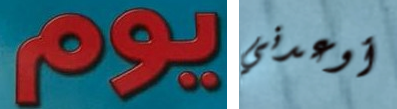
يوم أوعدني